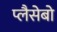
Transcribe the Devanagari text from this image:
प्लैसेबो